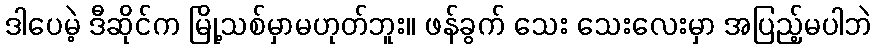
ဒါပေမဲ့ ဒီဆိုင်က မြို့သစ်မှာမဟုတ်ဘူး။ ဖန်ခွက် သေး သေးလေးမှာ အပြည့်မပါဘဲ